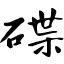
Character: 碟